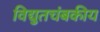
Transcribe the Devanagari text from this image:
विद्युतचंबकीय